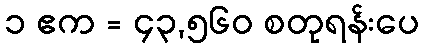
၁ ဧက = ၄၃,၅၆၀ စတုရန်းပေ